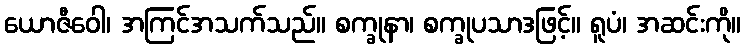
ယောဇီဝေါ၊ အကြင်အသက်သည်။ စက္ခုနာ၊ စက္ခုပသာဒဖြင့်။ ရူပံ၊ အဆင်းကို။